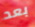
بعد